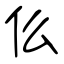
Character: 仫